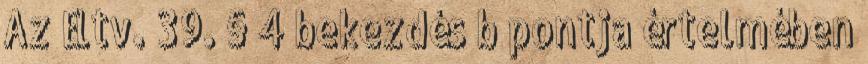
Az Éltv. 39. § 4 bekezdés b pontja értelmében